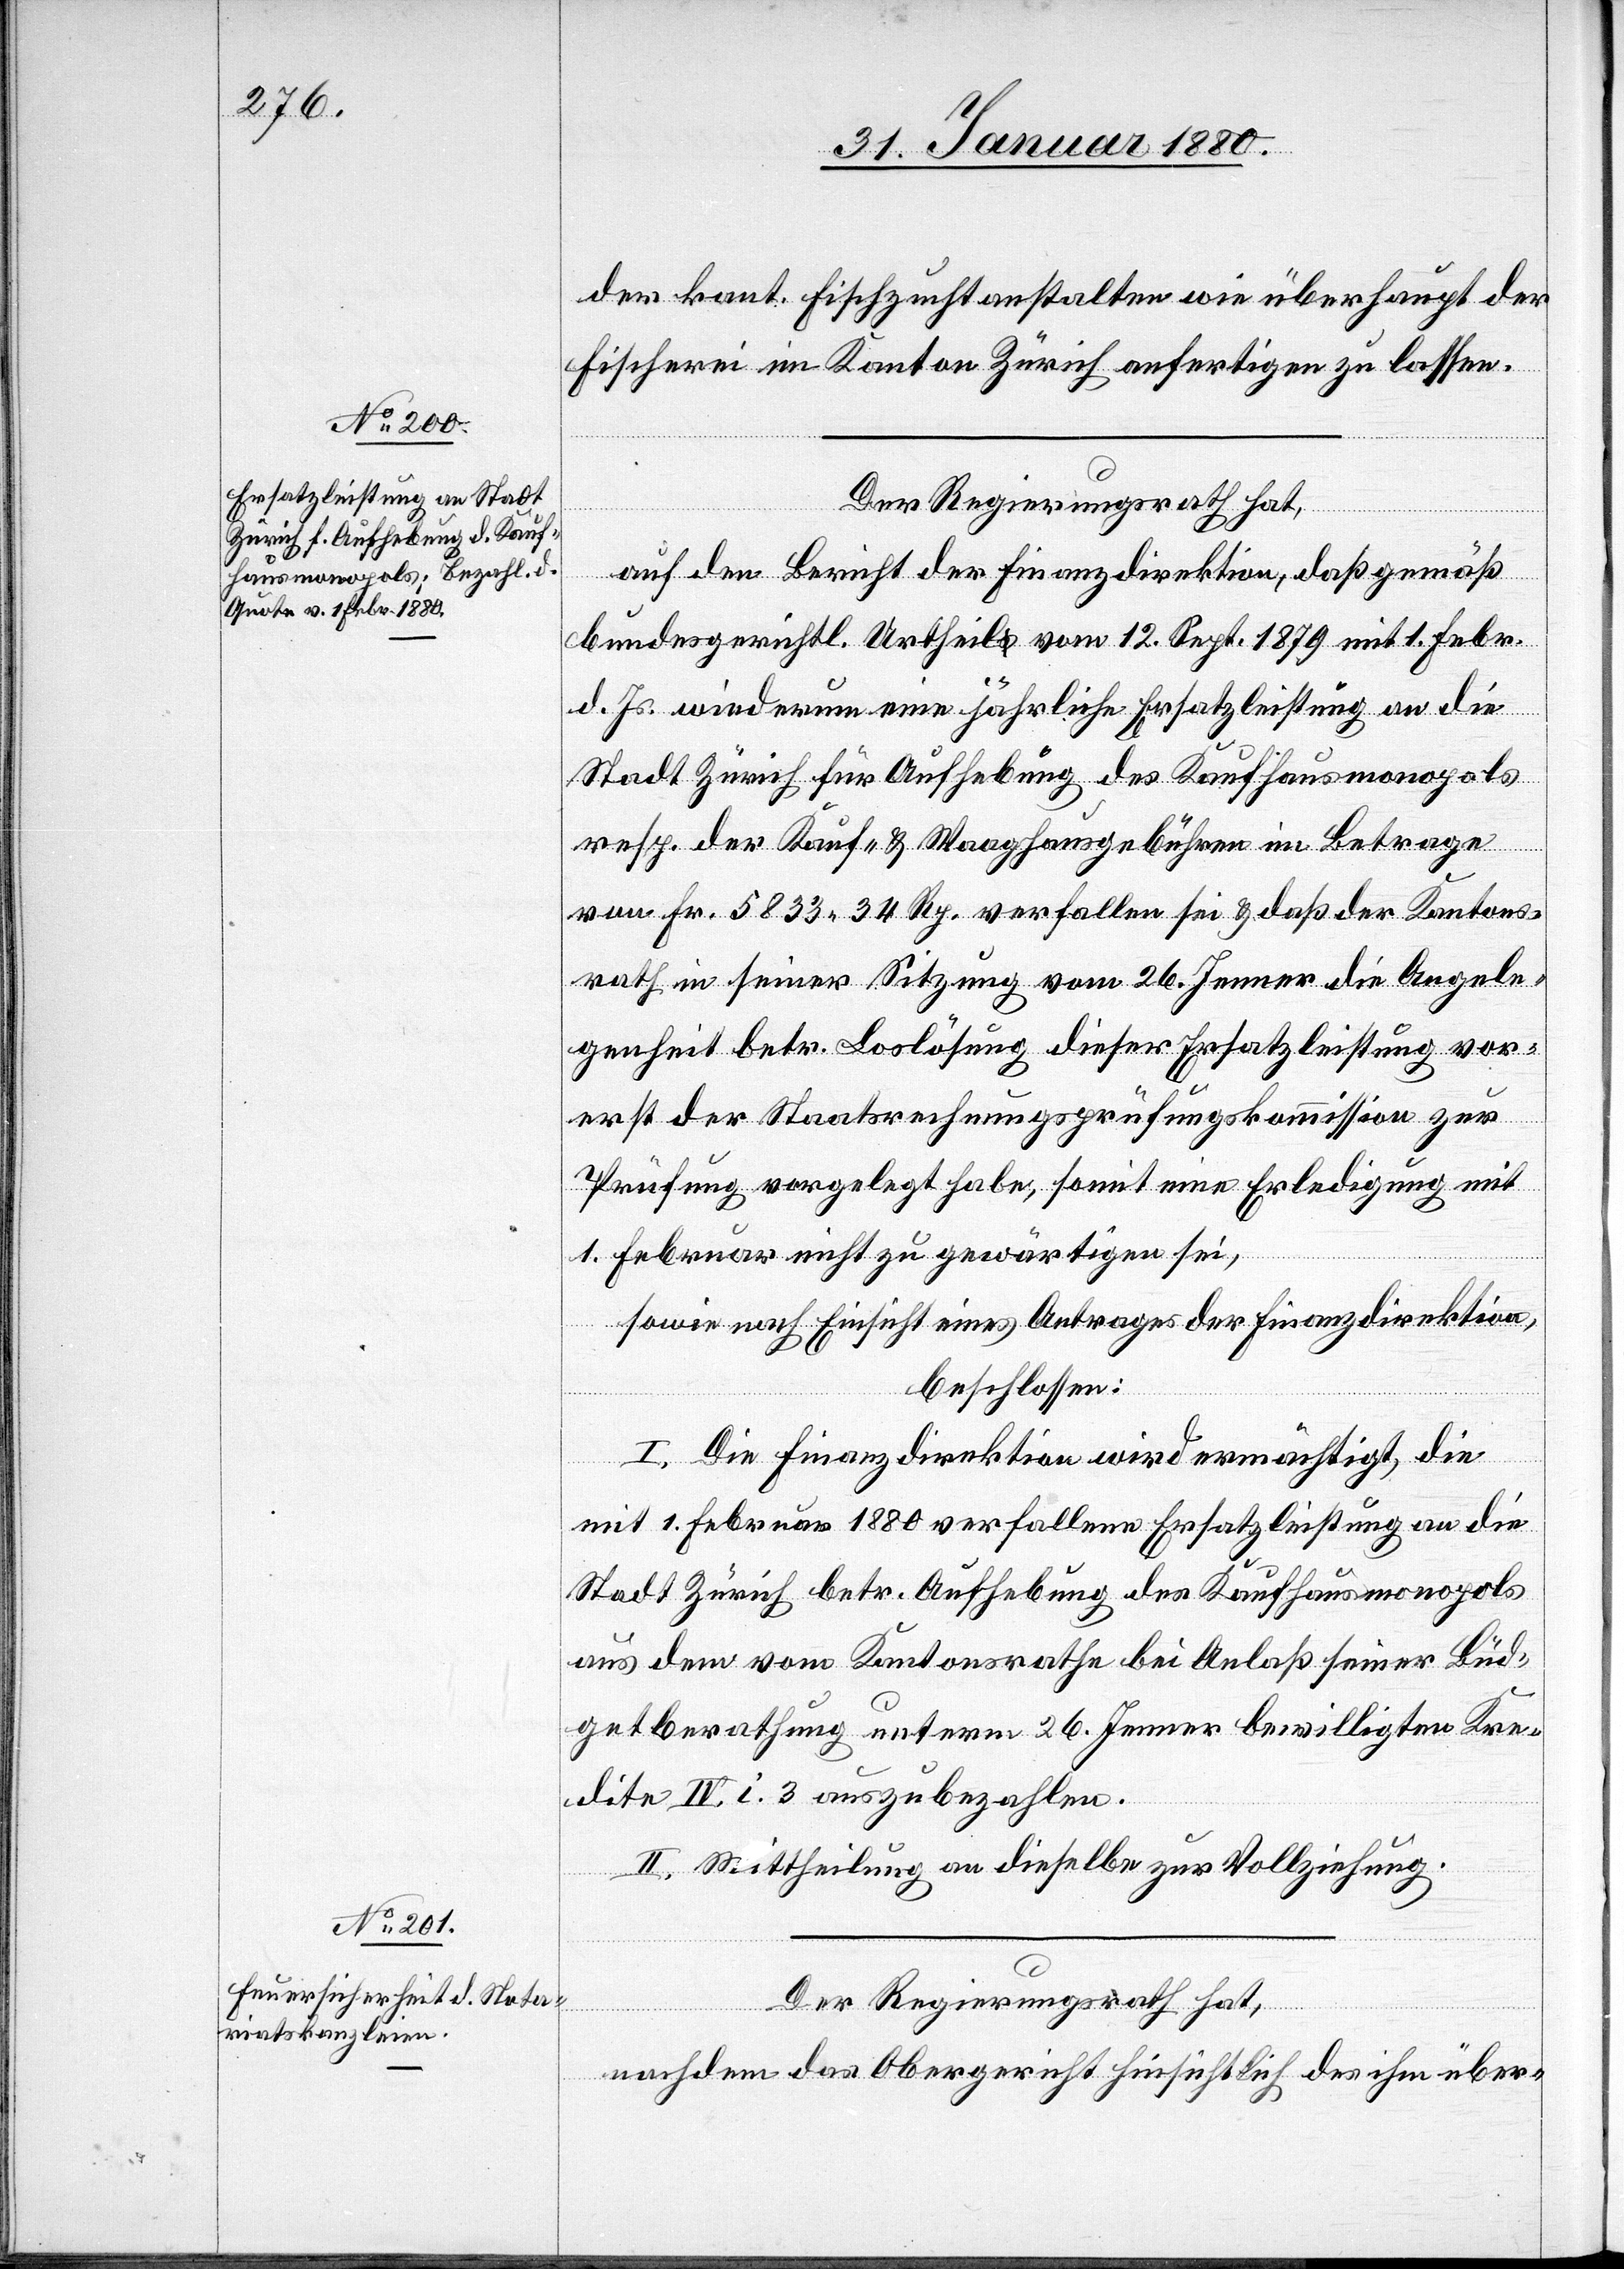
Der Regierungsrath hat,
auf den Bericht der Finanzdirektion, daß gemäß
Bundesgerichtl. Uertheils vom 12. Sept. 1879 mit 1. Febr.
d. Js. wiederum eine jährliche Ersatzleistung an die
Stadt Zürich für Aufhebung des Kaufhausmonopols
resp. der Kauf- & Waaghausgebühren im Betrage
von Fr. 5833 34 Rp. verfallen sei & daß der Kantons¬
rath in seiner Sitzung vom 26. Jenner die Angele¬
genheit betr. Loslösung dieser Ersatzleistungen vor¬
erst der Staatsrechnungsprüfungskommission zur
Prüfung vorgelegt habe, somit eine Erledigung mit
1. Februar nicht zu gewärtigen sei,
sowie nach Einsicht eines Antrages der Finanzdirektion,
beschlossen:
I. Die Finanzdirektion wird ermächtigt, die
mit 1. Februar 1880 verfallene Ersatzleistung an die
Stadt Zürich betr. Aufhebung des Kaufhausmonopols
aus dem vom Kantonsrathe bei Anlaß seiner Büd¬
getberathung unterm 26. Jenner bewilligten Kre¬
dite IV. i. 3. auszubezahlen.
II. Mittheilung an dieselbe zur Vollziehung.
Der Regierungsrath hat,
nachdem das Obergericht hinsichtlich des ihm über-